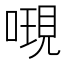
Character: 𠻷